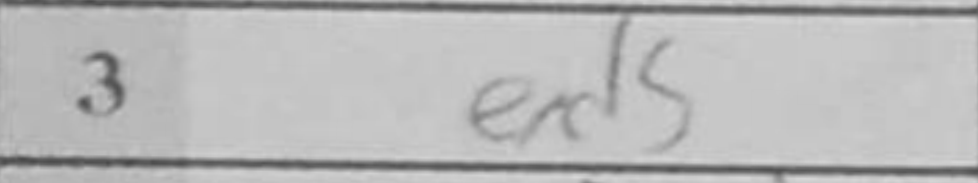
Transcription: exd5